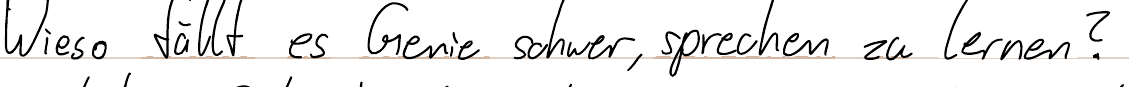
Wieso fällt es Genie schwer, sprechen zu lernen?